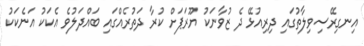
އިނގިރޭސިވިލާތުގައި ދިރިއުޅޭ ދެ ޒުވާނަކު ޔޫރަޕަށް ކުރާ ދަތުރެއްގައި ބައްދަލުވެ އެކަކު އަނެކަކު